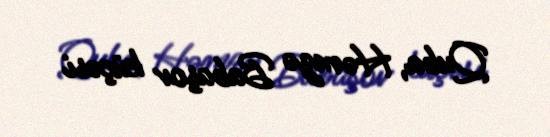
Quba, Həmzə Babaşov küçəsi